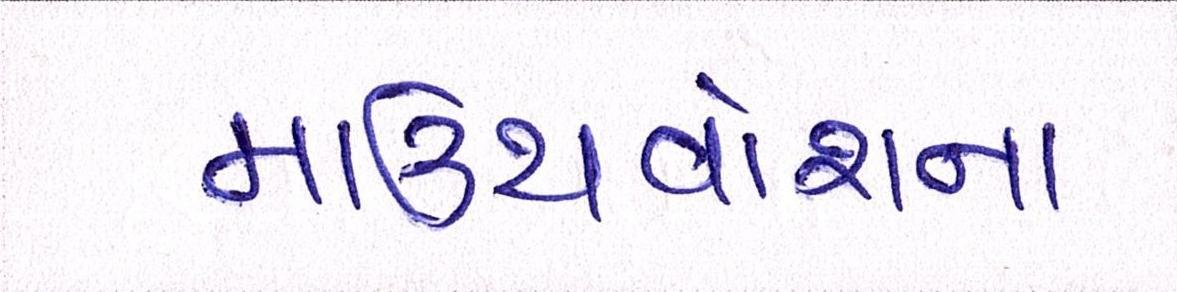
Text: માઉથવોશના